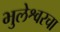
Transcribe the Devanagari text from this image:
भुलेश्वरचा